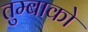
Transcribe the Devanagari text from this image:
तुम्बाको